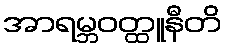
အာရမ္ဘဝတ္ထူနီတိ